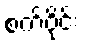
စက်ဝိုင်း